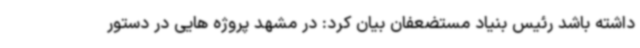
داشته باشد رئیس بنیاد مستضعفان بیان کرد: در مشهد پروژه هایی در دستور